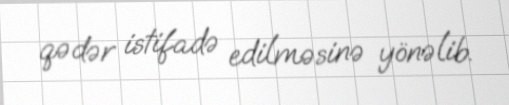
qədər istifadə edilməsinə yönəlib.